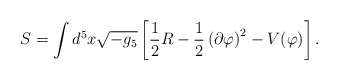
\begin{align*}S = \int d^5 x \sqrt{-g_5}\left[\frac{1}{2}R -\frac{1}{2}\left(\partial \varphi\right)^2 -V(\varphi)\right].\end{align*}